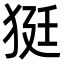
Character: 㹶